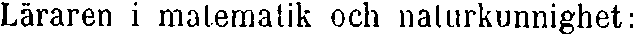
Läraren i matematik och naturkunnighet: